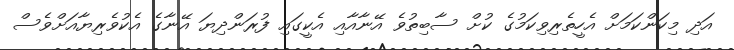
އަދި މިކަންކަމަށް އެހީތެރިވިކަމުގެ ކުށް ސާބިތުވެ އޭނާއާއި އެކީގައި ފުރަންދިޔަ އޭނާގެ އެކުވެރިޔާއަށްވެސް